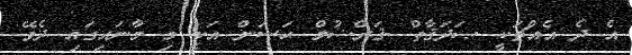
އެ ދެ އެއްޗަކީ ޞަދަޤާތް -ޤަރްޟުލް ޙަސަން އަކީ މި މާނައިގައި ދެވޭ